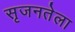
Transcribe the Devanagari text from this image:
सृजनतेला